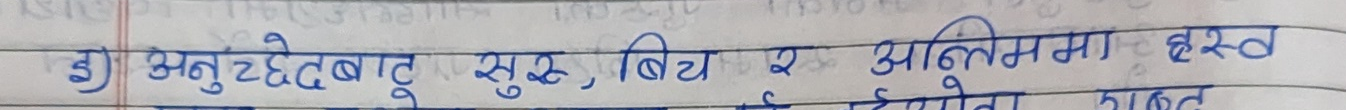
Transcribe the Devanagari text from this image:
३) अनुच्छेदबाट सुरु, बिच र अन्तिममा हस्व